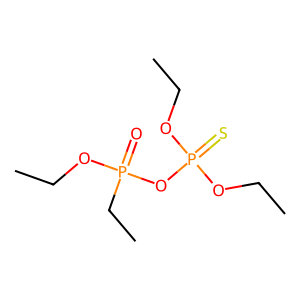
SMILES: CCOP(=O)(CC)OP(=S)(OCC)OCC
Inhibits HIV replication: No